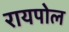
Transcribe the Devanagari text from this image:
रायपोल